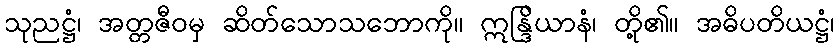
သုညဋ္ဌံ၊ အတ္တဇီဝမှ ဆိတ်သောသဘောကို။ ဣန္ဒြိယာနံ၊ တို့၏။ အဓိပတိယဋ္ဌံ၊